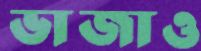
ভাজাও